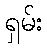
ရှမ်း